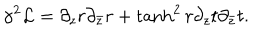
\gamma ^ { 2 } { \cal L } = \partial _ { z } r \partial _ { \bar { z } } r + \tanh ^ { 2 } r \partial _ { z } t \partial _ { \bar { z } } t .